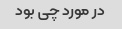
در مورد چی بود